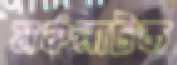
মঞ্চনাটক